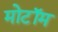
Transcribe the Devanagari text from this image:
मोटॉम